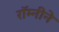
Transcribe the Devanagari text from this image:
रॉम्नीने